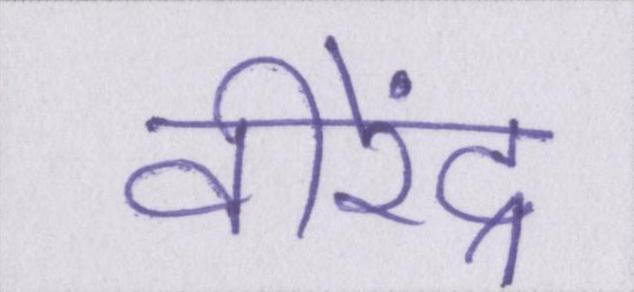
वीरेंद्र